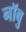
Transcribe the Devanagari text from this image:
नॉबु